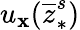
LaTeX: u_{\mathbf{x}}(\overline{{{z}}}_{\ast}^{s})